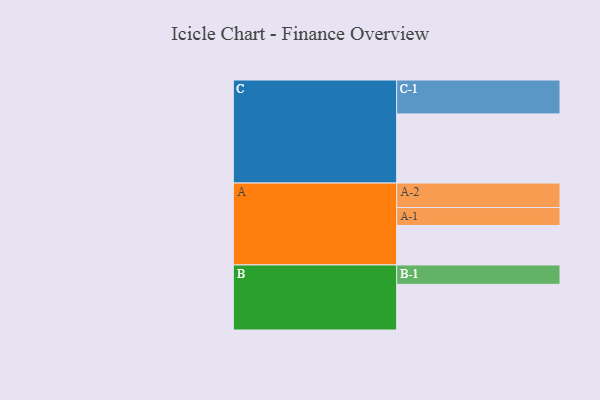
{"axis": {"x": "Segment", "y": "Value"}, "legend": ["", "A", "B", "C"], "data": [{"x": "A", "y": 326, "type": ""}, {"x": "B", "y": 377, "type": ""}, {"x": "C", "y": 571, "type": ""}, {"x": "A-1", "y": 148, "type": "A"}, {"x": "A-2", "y": 202, "type": "A"}, {"x": "B-1", "y": 160, "type": "B"}, {"x": "C-1", "y": 280, "type": "C"}]}